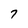
Character: 7